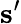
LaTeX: \mathbf{s}^{\prime}